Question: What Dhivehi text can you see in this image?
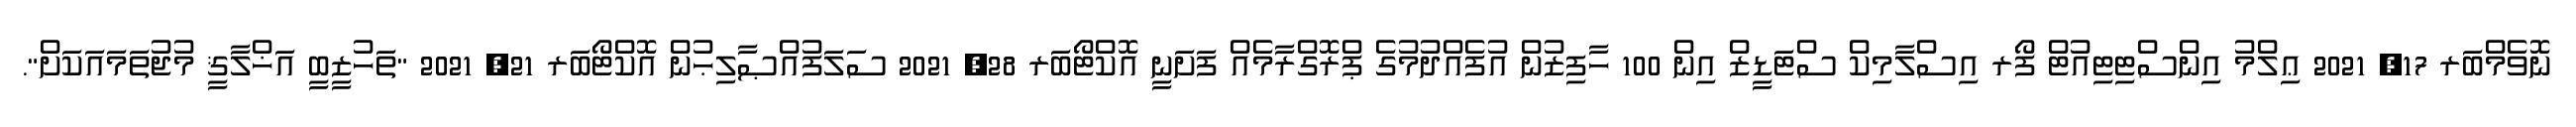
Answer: ނޮވެމްބަރ 17, 2021 ޢިލްމު އިންސްޓިޓިއުޓް ފޯރ އިސްލާމިކް ސްޓަޑީޒް އިން 100 ހާފިޒުން އުފެއްދުމުގެ ޕްރޮގްރާމެއް ފަށަނީ އޮކްޓޯބަރ 28, 2021 ސަލަފުއްޞާލިޙުން އޮކްޓޯބަރ 21, 2021 "ތަހުޒީބީ އަޚްލާޤީ މުޖުތަމައަކަށް".